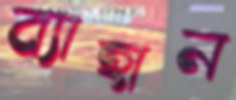
ব্যাহান